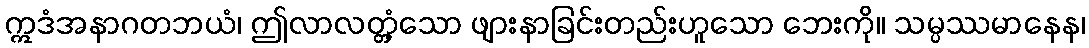
ဣဒံအနာဂတဘယံ၊ ဤလာလတ္တံ့သော ဖျားနာခြင်းတည်းဟူသော ဘေးကို။ သမ္ပဿမာနေန၊